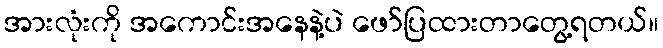
အားလုံးကို အကောင်းအနေနဲ့ပဲ ဖော်ပြထားတာတွေ့ရတယ်။